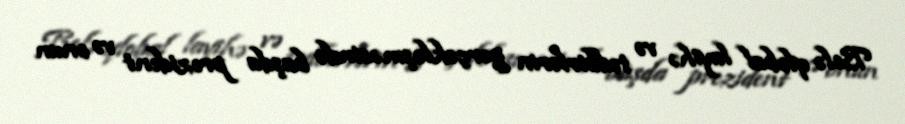
Belə qlobal layihə və tədbirlərin gerçəkləşməsində başda prezident və onun